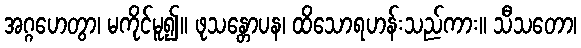
အဂ္ဂဟေတွာ၊ မကိုင်မူ၍။ ဖုသန္တောပန၊ ထိသောရဟန်းသည်ကား။ သီသတော၊